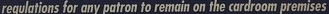
regulations for any patron to remain on the cardroom premises